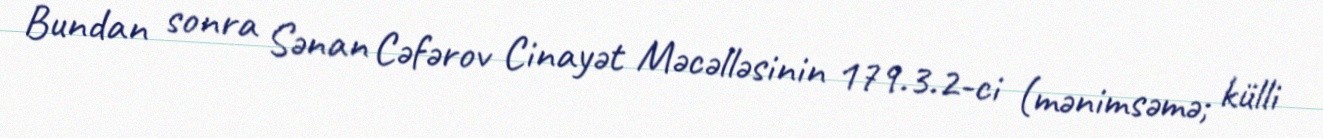
Bundan sonra Sənan Cəfərov Cinayət Məcəlləsinin 179.3.2-ci (mənimsəmə; külli